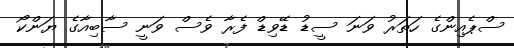
ސްޕެއިންގެ ހަތަރު ވަނަ ސީޑު ޑޭވިޑް ފެރާ ވެސް ވަނީ ސާބިއާގެ ޔަންކޯ